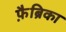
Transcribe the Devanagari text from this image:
फ़ैब्रिका